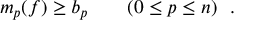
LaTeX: m _ { p } ( f ) \geq b _ { p } \qquad ( 0 \leq p \leq n ) \ \ .